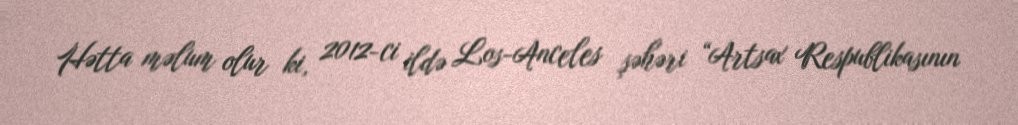
Hətta məlum olur ki, 2012-ci ildə Los-Anceles şəhəri “Artsax Respublikasının